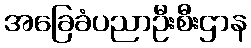
အခြေခံပညာဦးစီးဌာန